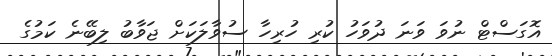
އޮގަސްޓް ނުވަ ވަނަ ދުވަހު ކުރި ހުރިހާ ސުވާލަކަށް ޖަވާބު ލިބޭނެ ކަމުގެ